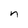
Character: n